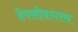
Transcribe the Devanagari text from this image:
हेपसीवायरस